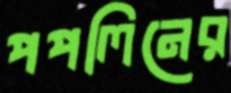
পপলিনের